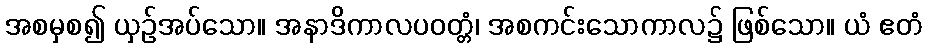
အစမှစ၍ ယှဉ်အပ်သော။ အနာဒိကာလပဝတ္တံ၊ အစကင်းသောကာလ၌ ဖြစ်သော။ ယံ ဧတံ